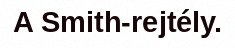
A Smith-rejtély.